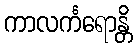
ကာလင်္ကရောန္တိ